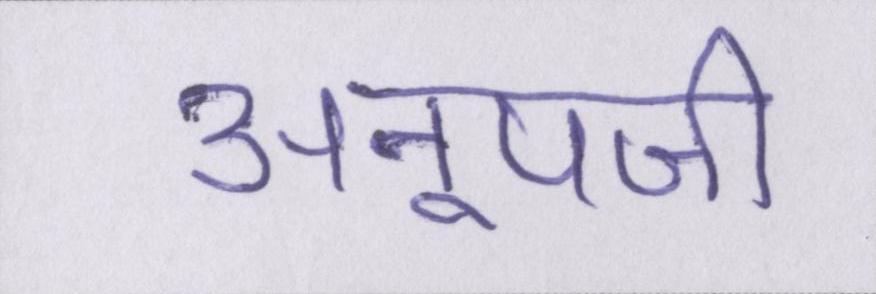
अनूपजी